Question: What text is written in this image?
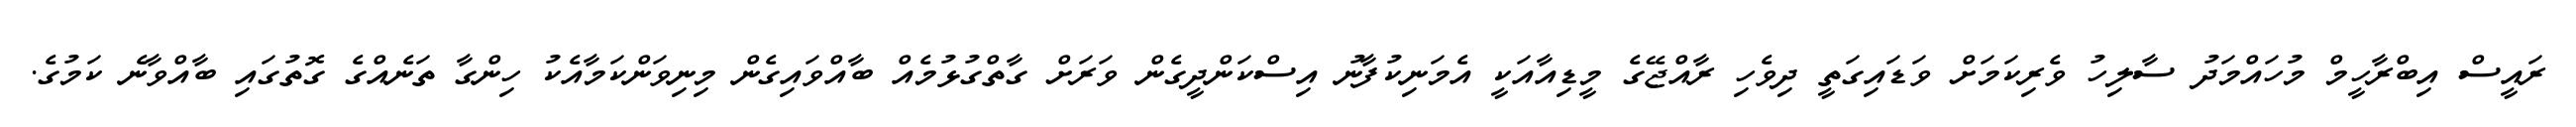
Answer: ރައީސް އިބްރާހީމް މުހައްމަދު ސާލިހު ވެރިކަމަށް ވަޑައިގަތީ ދިވެހި ރާއްޖޭގެ މީޑިއާއަކީ އެމަނިކުފާނު އިސްކަންދީގެން ވަރަށް ގާތްގުޅުމެއް ބާއްވައިގެން މިނިވަންކަމާއެކު ހިންގާ ތަނެއްގެ ގޮތުގައި ބާއްވާނެ ކަމުގެ.